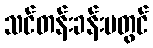
သင်တန်းခန်းမတွင်